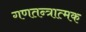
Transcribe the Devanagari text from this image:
गणतन्त्रात्मक